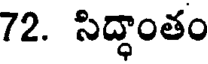
72. సిద్ధాంతం